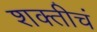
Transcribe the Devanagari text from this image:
शक्तीचं